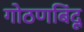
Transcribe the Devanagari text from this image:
गोठणबिंदू